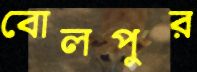
বোলপুর